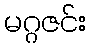
မဂ္ဂဇင်း